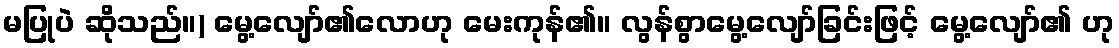
မပြုပဲ ဆိုသည်။) မွေ့လျော်၏လောဟု မေးကုန်၏။ လွန်စွာမွေ့လျော်ခြင်းဖြင့် မွေ့လျော်၏ ဟု